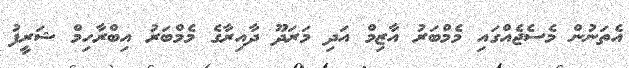
އެތަނުން މެސެޖެއްގައި މެމްބަރު އާޒިމް އަދި މަރަދޫ ދާއިރާގެ މެމްބަރު އިބްރާހިމް ޝަރީފު